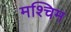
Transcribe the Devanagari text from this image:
मश्चिम